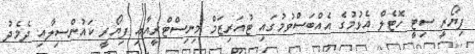
ފިޔޯރީ ސިޓީ ހޮޓެލް އެޅުމުގެ އެއްބަސްވުމުގައި ޓުއަރިޒަމް މިނިސްޓްރީއާއި ފިޔޯރީ ކައުންސިލާއި ދެމެދު